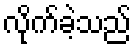
လိုက်ခဲ့သည်